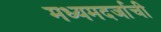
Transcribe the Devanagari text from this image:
मध्यमदर्जाची